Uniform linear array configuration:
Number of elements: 24
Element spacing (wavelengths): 1
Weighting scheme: hamming
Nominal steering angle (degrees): -60
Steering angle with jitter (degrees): -61.496
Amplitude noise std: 0.05
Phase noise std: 0.05

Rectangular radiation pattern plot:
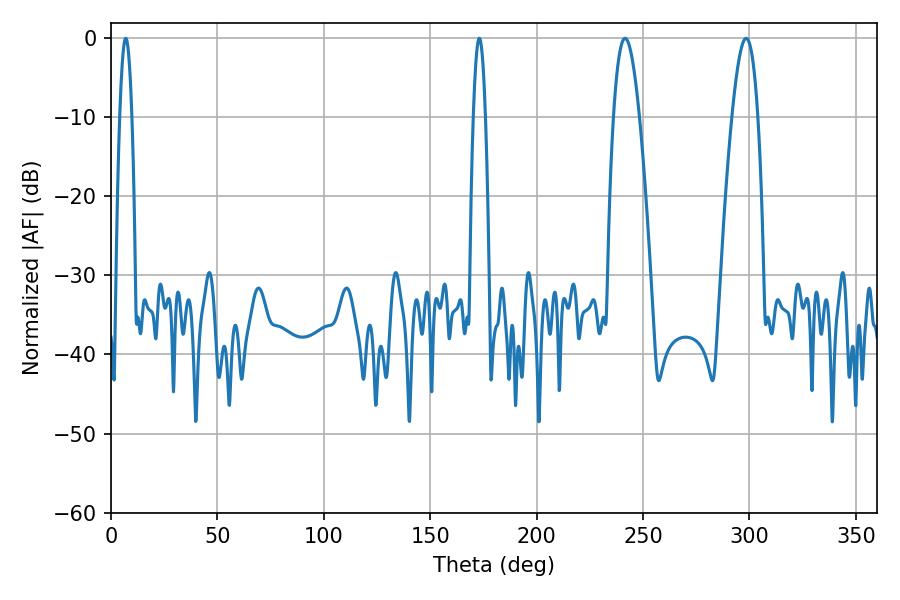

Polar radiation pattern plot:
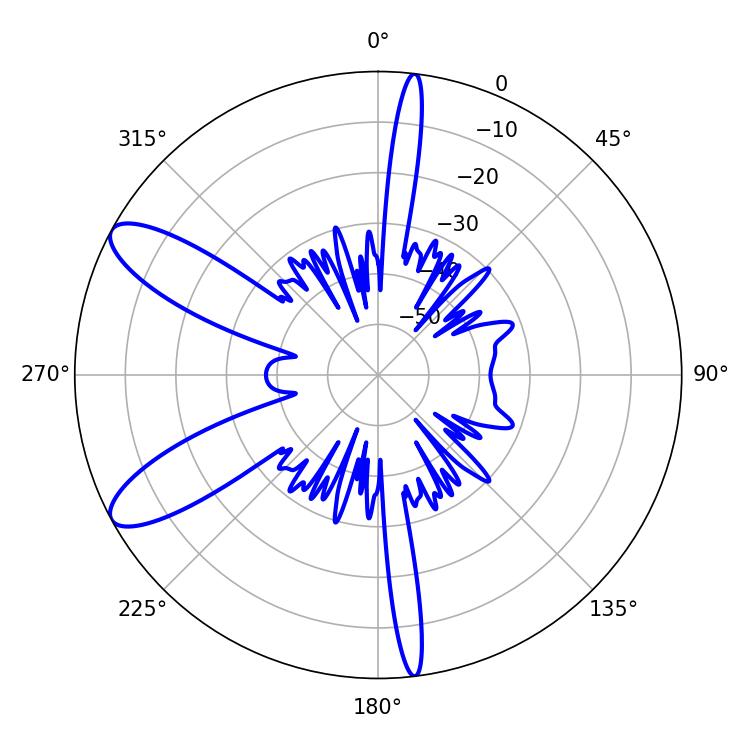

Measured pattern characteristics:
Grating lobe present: TRUE
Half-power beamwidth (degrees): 6.48
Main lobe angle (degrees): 241.56